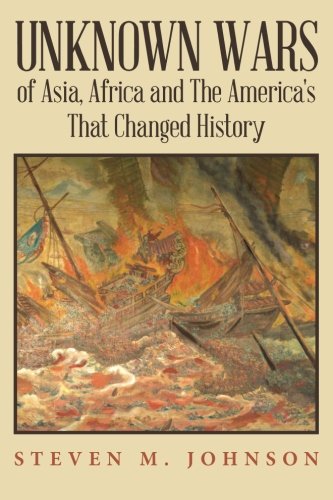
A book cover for Unknown Wars of Asia, Africa and The America's That Changed History: Unknown Wars of Asia, Africa, and the America's That Changed History; Steven M. Johnson; History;